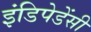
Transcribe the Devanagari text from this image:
इंडिपेडेंसी